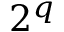
2 ^ { q }